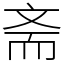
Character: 斋